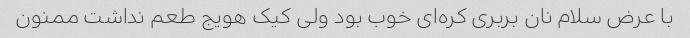
با عرض سلام نان بربری کره‌ای خوب بود ولی کیک هویج طعم نداشت ممنون